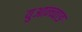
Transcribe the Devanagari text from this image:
युआन्च्वाङ